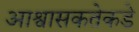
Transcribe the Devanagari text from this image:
आश्वासकतेकडे